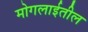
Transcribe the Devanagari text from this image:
मोगलाईतील